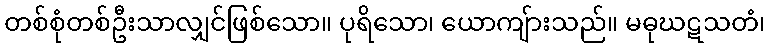
တစ်စုံတစ်ဦးသာလျှင်ဖြစ်သော။ ပုရိသော၊ ယောကျ်ားသည်။ မဓုဃဋသတံ၊